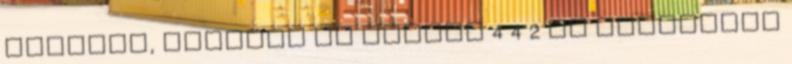
Arsenal, viszont az addigi 4 4 2 es felállást